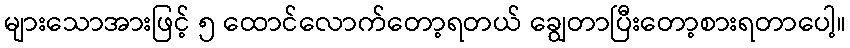
များသောအားဖြင့် ၅ ထောင်လောက်တော့ရတယ် ချွေတာပြီးတော့စားရတာပေါ့။